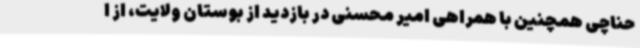
حناچی همچنین با همراهی امیر محسنی در بازدید از بوستان ولایت، از ا